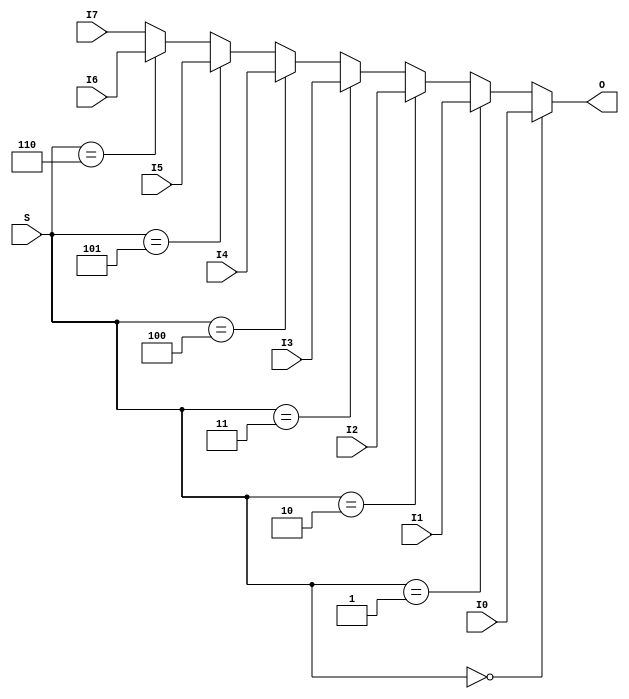
module Mux8x4 (
    input [3:0] I0,
    input [3:0] I1,
    input [3:0] I2,
    input [3:0] I3,
    input [3:0] I4,
    input [3:0] I5,
    input [3:0] I6,
    input [3:0] I7,
    input [2:0] S,
    output [3:0] O
);
reg [3:0] coreir_commonlib_mux8x4_inst0_out;
always @(*) begin
if (S == 0) begin
    coreir_commonlib_mux8x4_inst0_out = I0;
end else if (S == 1) begin
    coreir_commonlib_mux8x4_inst0_out = I1;
end else if (S == 2) begin
    coreir_commonlib_mux8x4_inst0_out = I2;
end else if (S == 3) begin
    coreir_commonlib_mux8x4_inst0_out = I3;
end else if (S == 4) begin
    coreir_commonlib_mux8x4_inst0_out = I4;
end else if (S == 5) begin
    coreir_commonlib_mux8x4_inst0_out = I5;
end else if (S == 6) begin
    coreir_commonlib_mux8x4_inst0_out = I6;
end else begin
    coreir_commonlib_mux8x4_inst0_out = I7;
end
end

assign O = coreir_commonlib_mux8x4_inst0_out;
endmodule